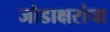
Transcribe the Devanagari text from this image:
जोडाक्षरांचा